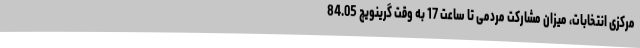
مرکزی انتخابات، میزان مشارکت مردمی تا ساعت 17 به وقت گرینویچ 84.05